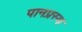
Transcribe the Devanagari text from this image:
पानप्रस्थ